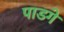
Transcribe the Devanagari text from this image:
पाडगे